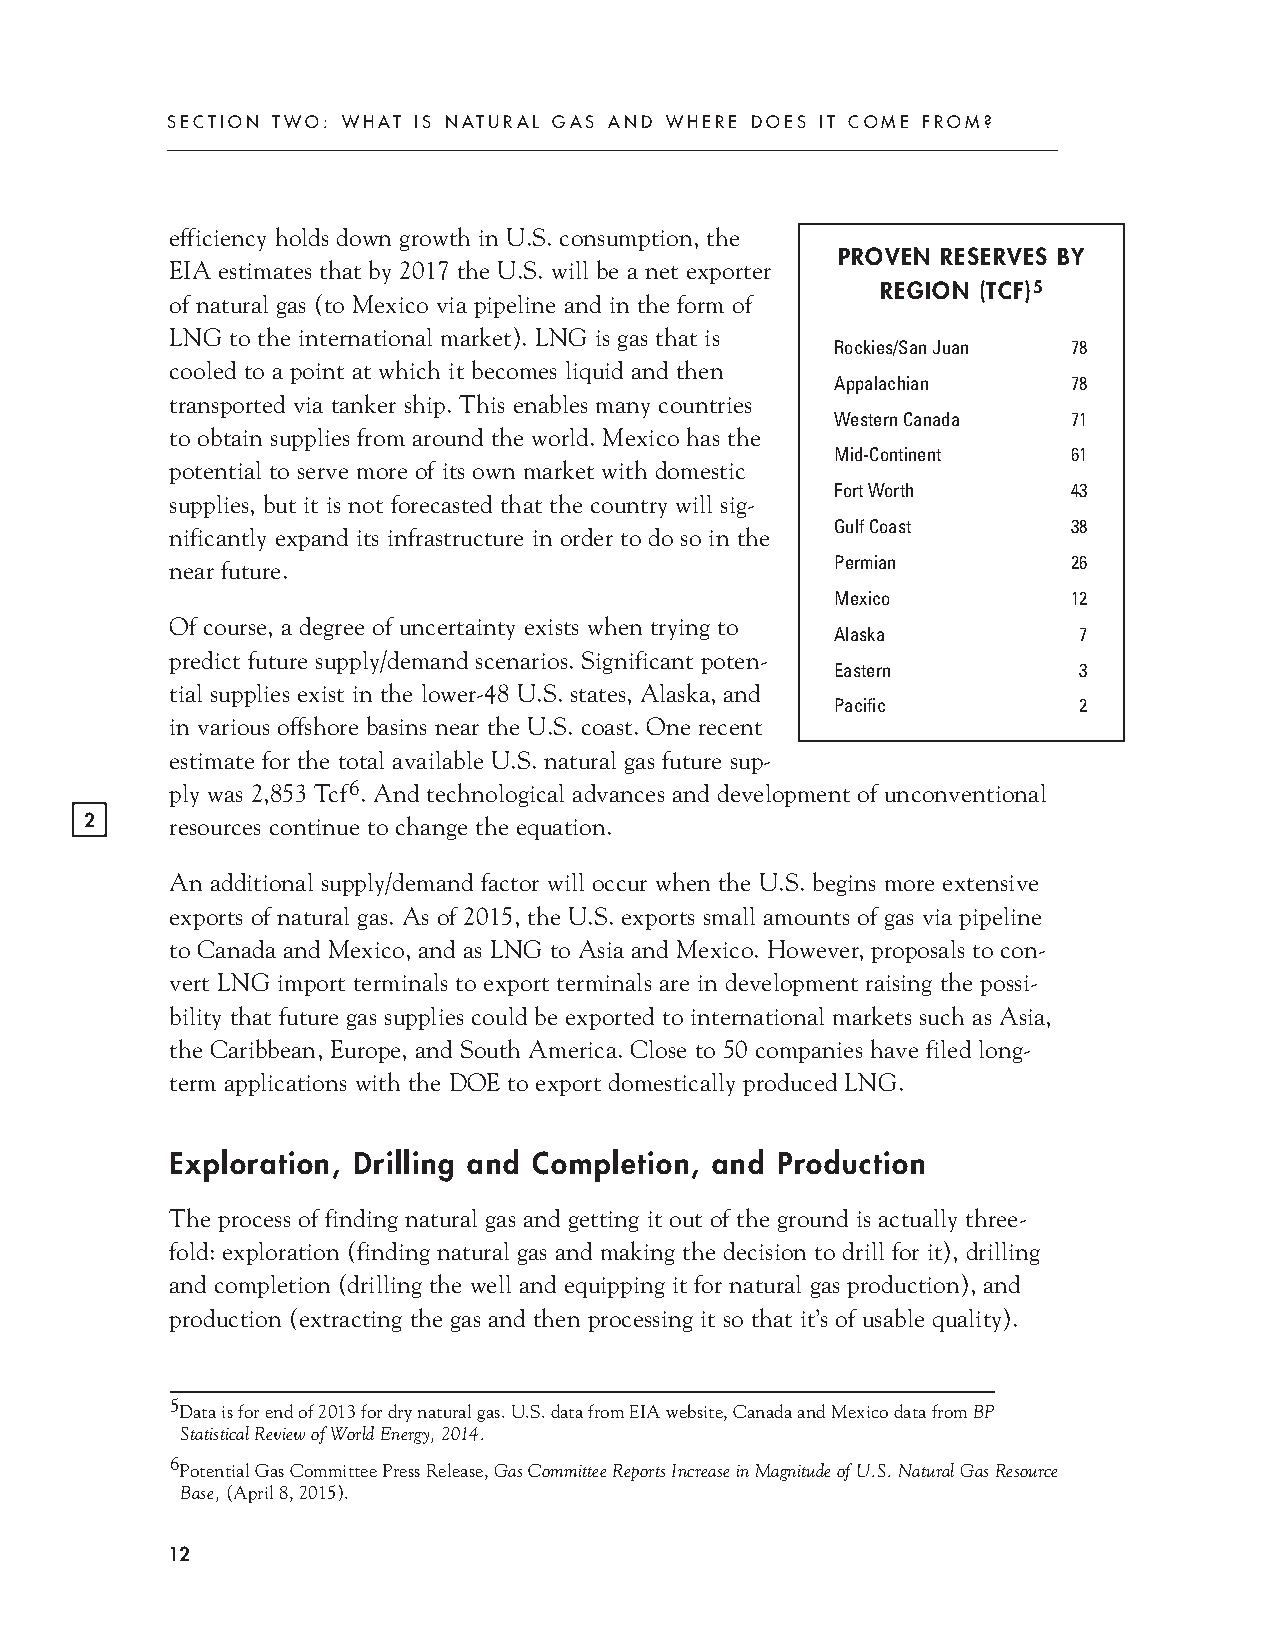
SECTION TWO: WHAT IS NATURAL GAS AND WHERE DOES IT COME FROM?
 efficiency holds down growth in U.S. consumption, the
 EIA estimates that by 2017 the U.S. will be a net exporter PROVEN RESERVES BY
 of natural gas (to Mexico via pipeline and in the form of REGION (TCF)5
 LNG to the international market). LNG is gas that is
 Rockies/SanJuan 78
 cooled to a point at which it becomes liquid and then
 Appalachian     78
 transported via tanker ship. This enables many countries
 WesternCanada   71
 to obtain supplies from around the world. Mexico has the
 Mid-Continent   61
 potential to serve more of its own market with domestic
 supplies, but it is not forecasted that the country will sig- FortWorth 43
 nificantly expand its infrastructure in order to do so in the GulfCoast 38
 near future.                                Permian         26
 Mexico          12
 Of course, a degree of uncertainty exists when trying to
 Alaska          7
 predict future supply/demand scenarios. Significant poten-
 Eastern         3
 tial supplies exist in the lower-48 U.S. states, Alaska, and
 Pacific         2
 in various offshore basins near the U.S. coast. One recent
 estimate for the total available U.S. natural gas future sup-
 ply was 2,853 Tcf6. And technological advances and development of unconventional
 2    resources continue to change the equation.
 An additional supply/demand factor will occur when the U.S. begins more extensive
 exports of natural gas. As of 2015, the U.S. exports small amounts of gas via pipeline
 to Canada and Mexico, and as LNG to Asia and Mexico. However, proposals to con-
 vert LNG import terminals to export terminals are in development raising the possi-
 bility that future gas supplies could be exported to international markets such as Asia,
 the Caribbean, Europe, and South America. Close to 50 companies have filed long-
 term applications with the DOE to export domestically produced LNG.
 Exploration, Drilling and Completion, and Production
 The process of finding natural gas and getting it out of the ground is actually three-
 fold: exploration (finding natural gas and making the decision to drill for it), drilling
 and completion (drilling the well and equipping it for natural gas production), and
 production (extracting the gas and then processing it so that it’s of usable quality).
 5Dataisforendof2013fordrynaturalgas.U.S.datafromEIAwebsite,CanadaandMexicodatafromBP
 StatisticalReviewofWorldEnergy,2014.
 6PotentialGasCommitteePressRelease,GasCommitteeReportsIncreaseinMagnitudeofU.S.NaturalGasResource
 Base,(April8,2015).
 12